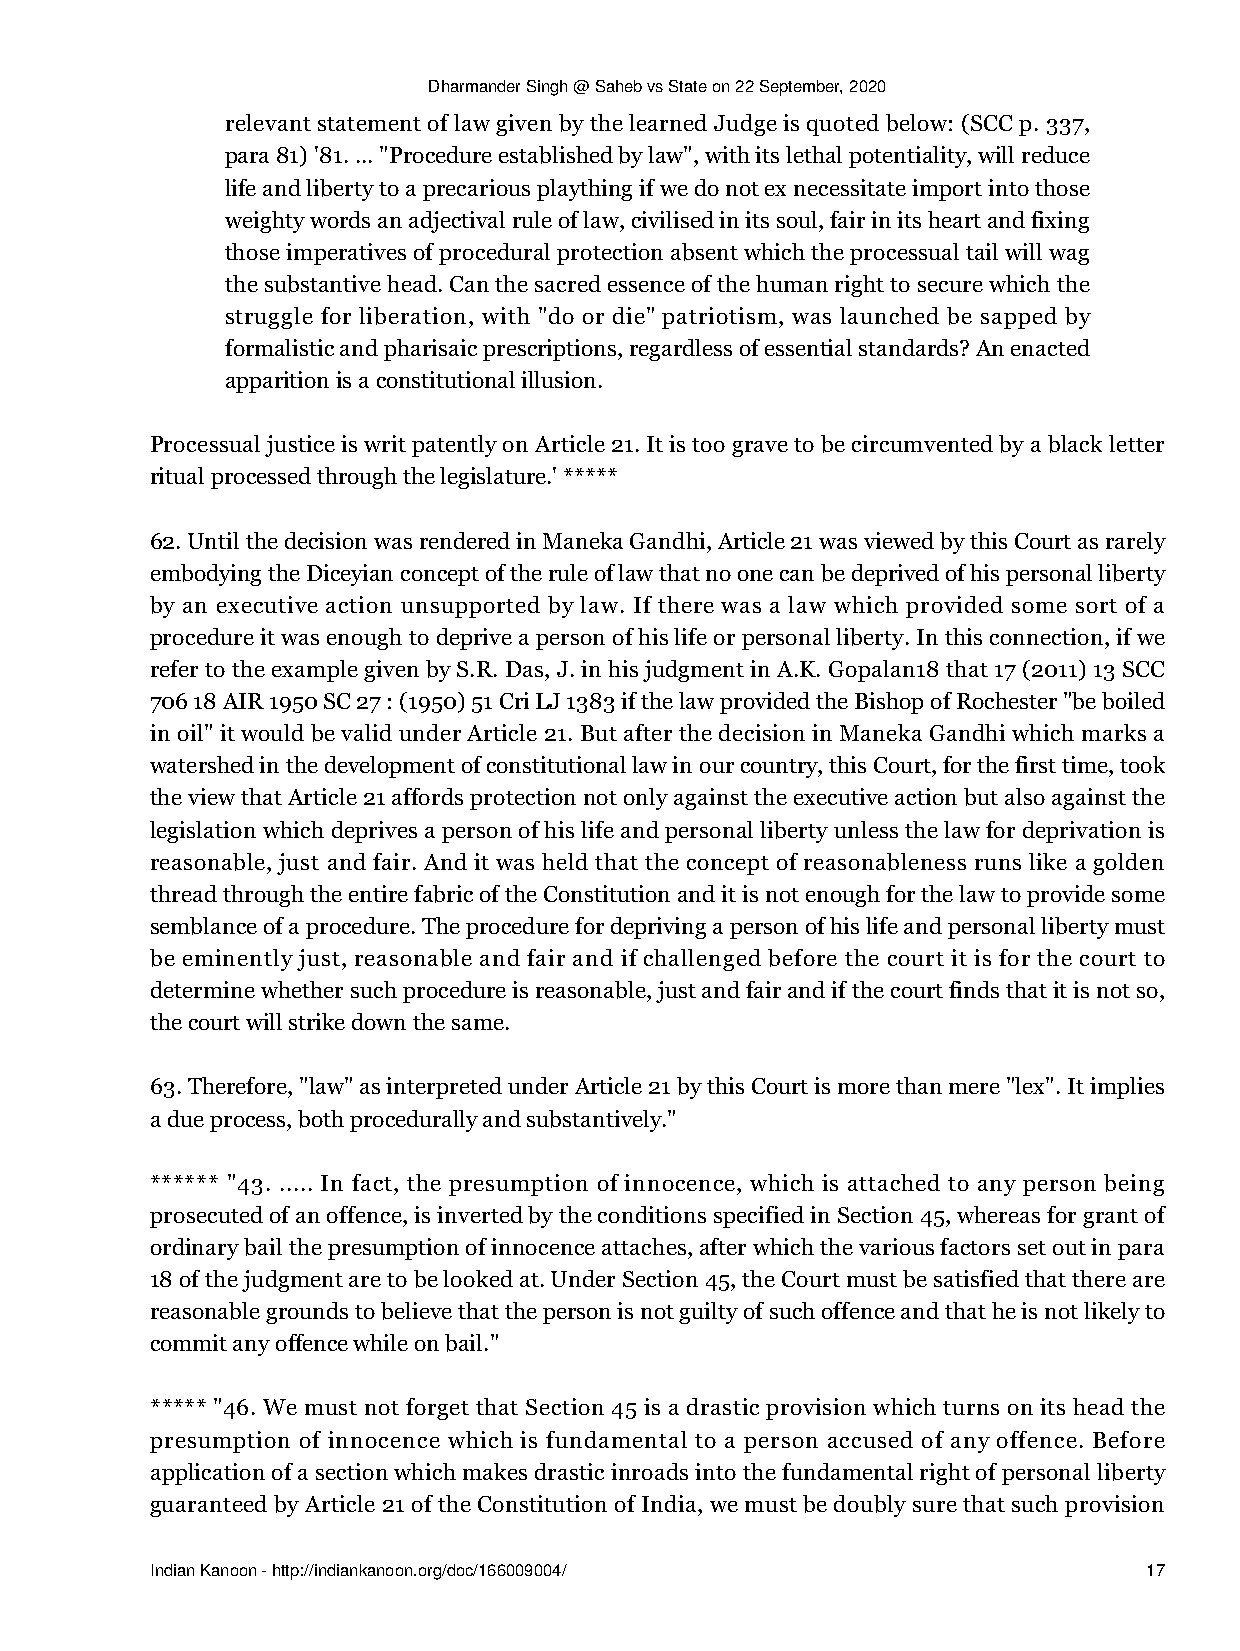
Dharmander Singh @ Saheb vs State on 22 September, 2020
 relevant statement of law given by the learned Judge is quoted below: (SCC p. 337,
 para 81) '81. ... "Procedure established by law", with its lethal potentiality, will reduce
 life and liberty to a precarious plaything if we do not ex necessitate import into those
 weighty words an adjectival rule of law, civilised in its soul, fair in its heart and fixing
 those imperatives of procedural protection absent which the processual tail will wag
 the substantive head. Can the sacred essence of the human right to secure which the
 struggle for liberation, with "do or die" patriotism, was launched be sapped by
 formalistic and pharisaic prescriptions, regardless of essential standards? An enacted
 apparition is a constitutional illusion.
 Processual justice is writ patently on Article 21. It is too grave to be circumvented by a black letter
 ritual processed through the legislature.' *****
 62. Until the decision was rendered in Maneka Gandhi, Article 21 was viewed by this Court as rarely
 embodying the Diceyian concept of the rule of law that no one can be deprived of his personal liberty
 by an executive action unsupported by law. If there was a law which provided some sort of a
 procedure it was enough to deprive a person of his life or personal liberty. In this connection, if we
 refer to the example given by S.R. Das, J. in his judgment in A.K. Gopalan18 that 17 (2011) 13 SCC
 706 18 AIR 1950 SC 27 : (1950) 51 Cri LJ 1383 if the law provided the Bishop of Rochester "be boiled
 in oil" it would be valid under Article 21. But after the decision in Maneka Gandhi which marks a
 watershed in the development of constitutional law in our country, this Court, for the first time, took
 the view that Article 21 affords protection not only against the executive action but also against the
 legislation which deprives a person of his life and personal liberty unless the law for deprivation is
 reasonable, just and fair. And it was held that the concept of reasonableness runs like a golden
 thread through the entire fabric of the Constitution and it is not enough for the law to provide some
 semblance of a procedure. The procedure for depriving a person of his life and personal liberty must
 be eminently just, reasonable and fair and if challenged before the court it is for the court to
 determine whether such procedure is reasonable, just and fair and if the court finds that it is not so,
 the court will strike down the same.
 63. Therefore, "law" as interpreted under Article 21 by this Court is more than mere "lex". It implies
 a due process, both procedurally and substantively."
 ****** "43. ..... In fact, the presumption of innocence, which is attached to any person being
 prosecuted of an offence, is inverted by the conditions specified in Section 45, whereas for grant of
 ordinary bail the presumption of innocence attaches, after which the various factors set out in para
 18 of the judgment are to be looked at. Under Section 45, the Court must be satisfied that there are
 reasonable grounds to believe that the person is not guilty of such offence and that he is not likely to
 commit any offence while on bail."
 ***** "46. We must not forget that Section 45 is a drastic provision which turns on its head the
 presumption of innocence which is fundamental to a person accused of any offence. Before
 application of a section which makes drastic inroads into the fundamental right of personal liberty
 guaranteed by Article 21 of the Constitution of India, we must be doubly sure that such provision
 Indian Kanoon - http://indiankanoon.org/doc/166009004/            17